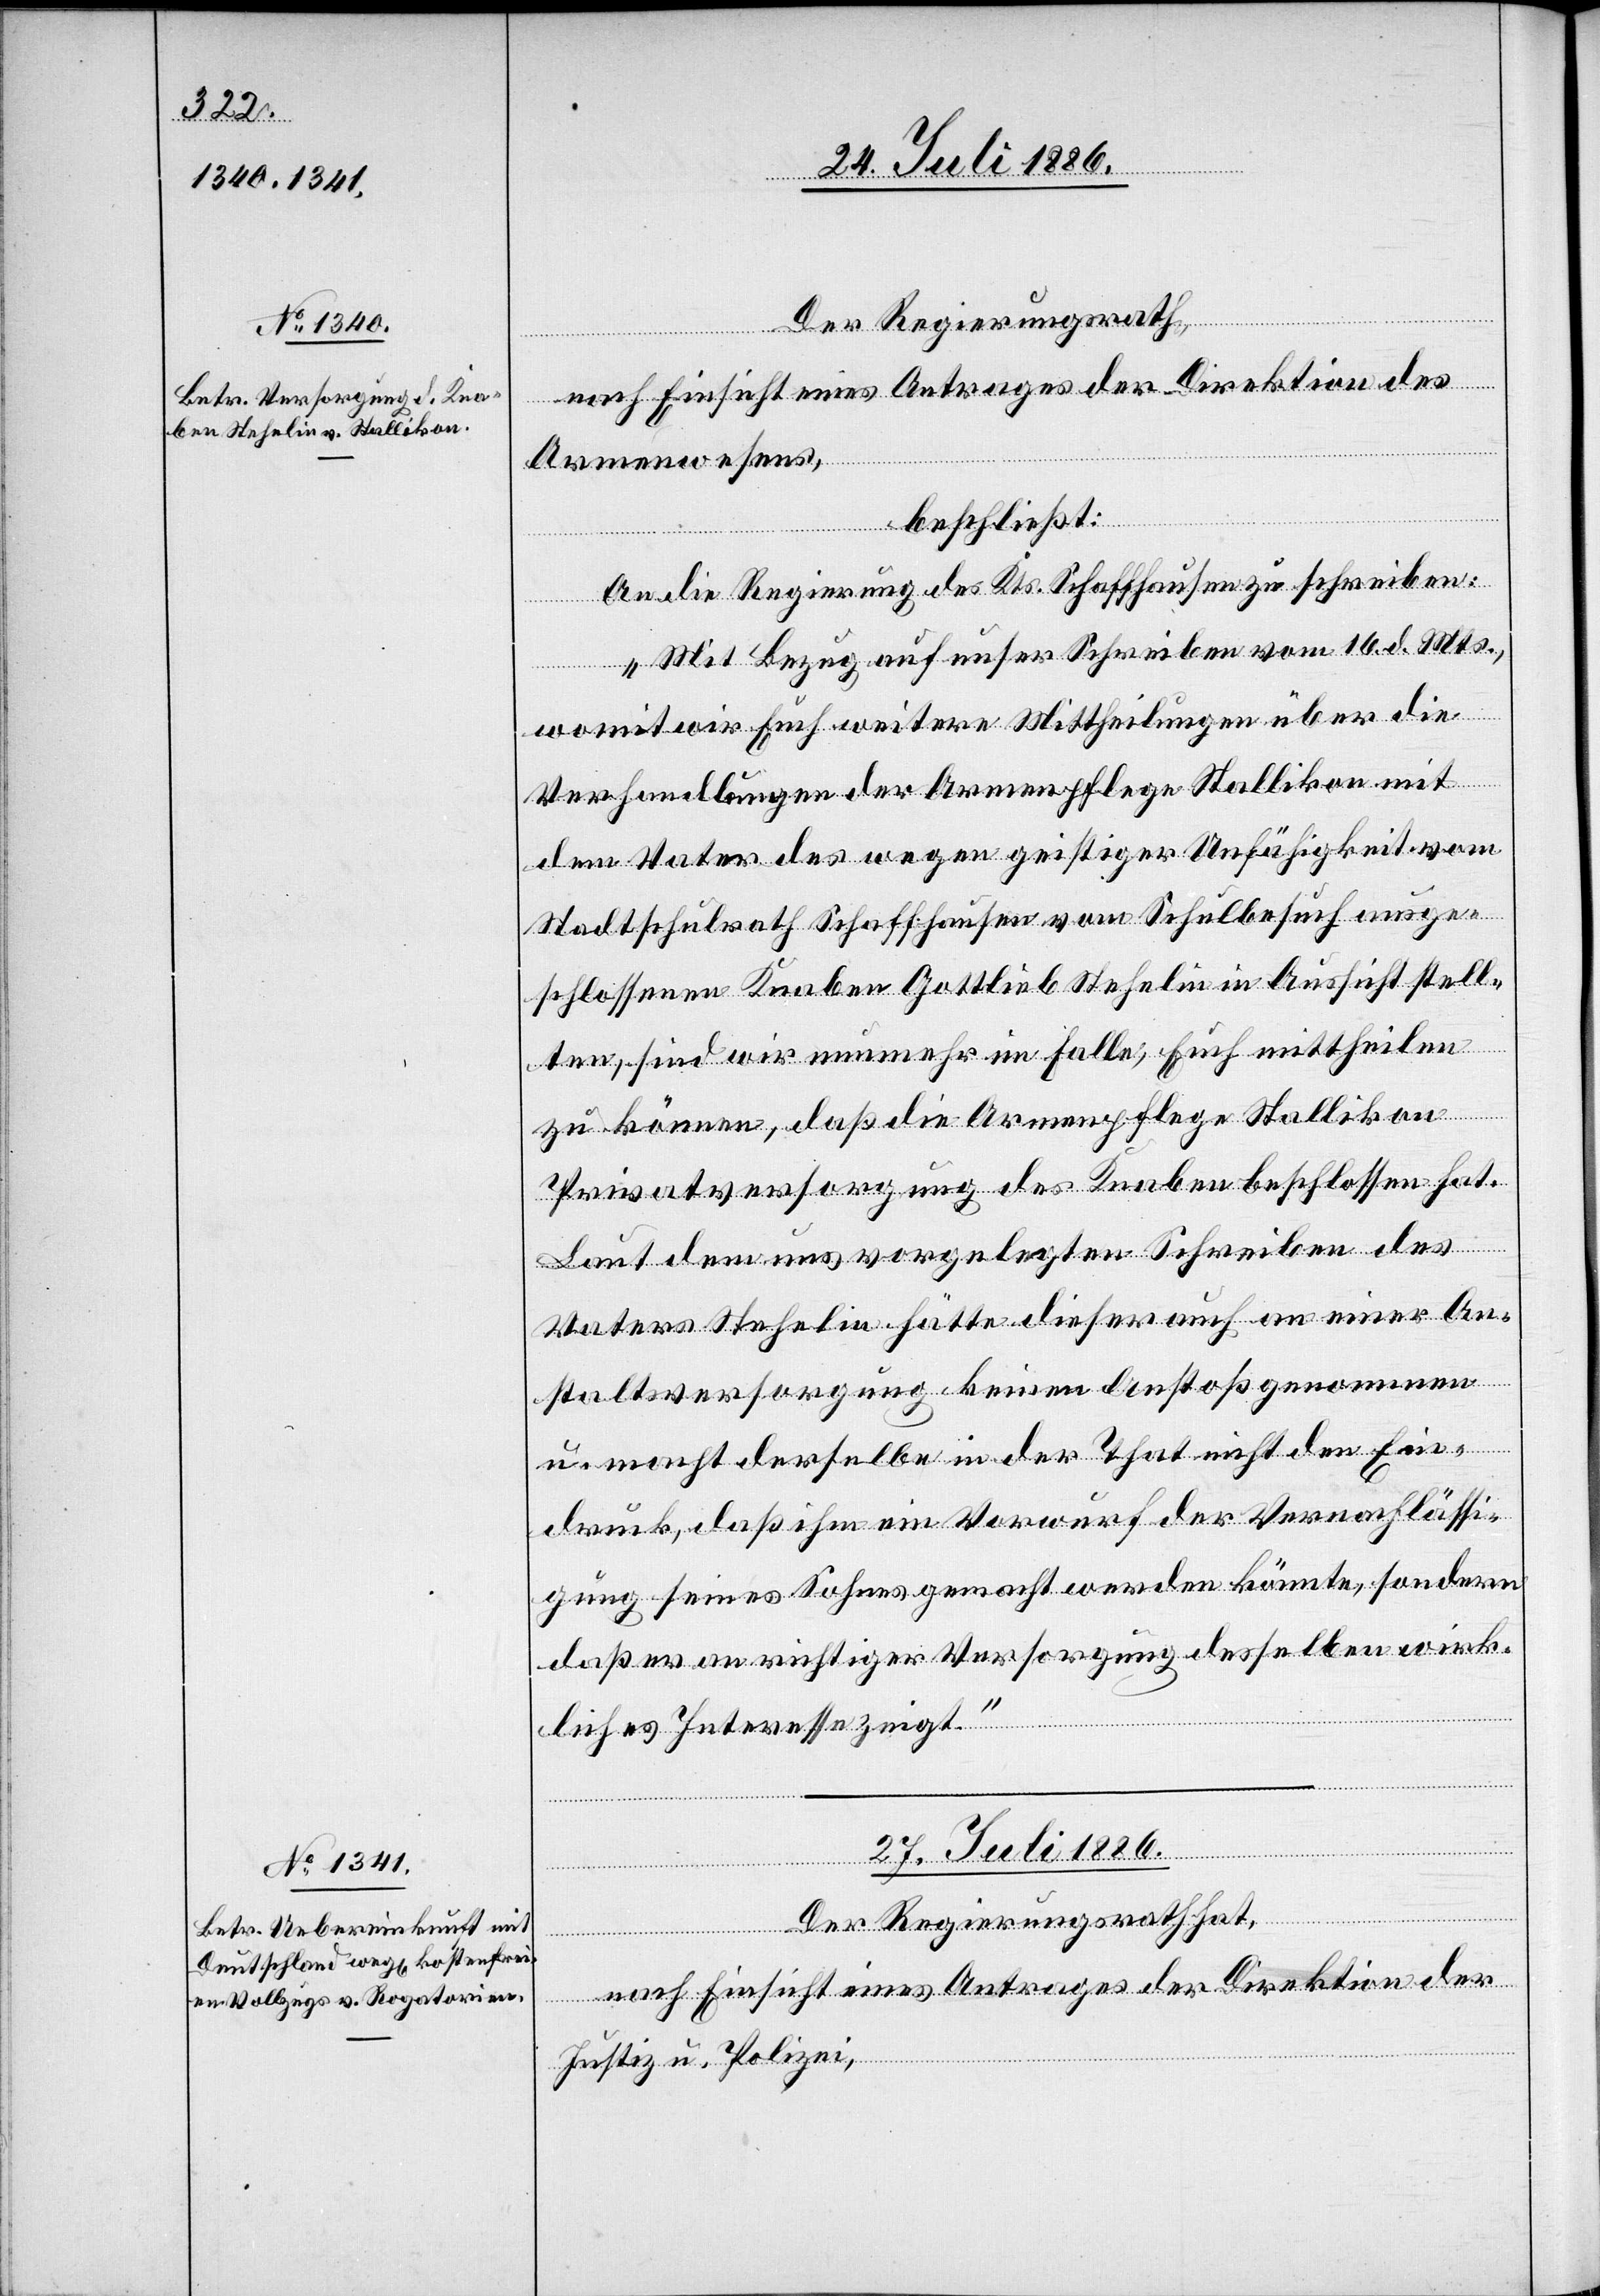
26. Juli 1886.]
Der Regierungsrath,
nach Einsicht eines Antrages der Direktion
Armenwesens,
beschließt:
An die Regierung des Kts. Schaffhausen zu schreiben:
„Mit Bezug auf unser Schreiben vom 16. d. Mts.,
womit wir Euch weitere Mittheilungen über die
Verhandlungen der Armenpflege Stallikon mit
dem Vater des wegen geistiger Unfähigkeit vom
Stadtschulrath Schaffhausen vom Schulbesuch ausge¬
schlossenen Knaben Gottlieb Stehelin in Aussicht stell¬
ten, sind wir nunmehr im Falle, Euch mittheilen
zu können, daß die Armenpflege Stallikon
Privatversorgung des Knaben beschlossen hat.
Laut dem uns vorgelegten Schreiben des
Vaters Stehelin hätte dieser auch an einer An¬
staltsversorgung keinen Anstoß genommen
u. macht derselbe in der That nicht den Ein¬
druck, daß ihm ein Vorwurf der Vernachlässi¬
gung seines Sohnes gemacht werden könnte, sondern
daß er an richtiger Versorgung desselben wirk¬
liches Interesse zeigt.“
27. Juli 1886.
Justiz- u. Polizei,